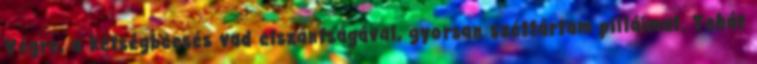
Végre, a kétségbeesés vad elszántságával, gyorsan széttártam pilláimat. Tehát